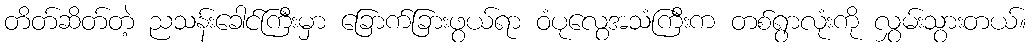
တိတ်ဆိတ်တဲ့ ညသန်းခေါင်ကြီးမှာ ခြောက်ခြားဖွယ်ရာ ဝံပုလွေအသံကြီးက တစ်ရွာလုံးကို လွှမ်းသွားတယ်။